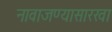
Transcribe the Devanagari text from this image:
नावाजण्यासारखा